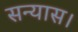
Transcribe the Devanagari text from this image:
सन्यास।